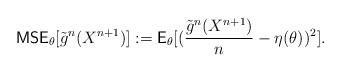
LaTeX: \begin{align*}\mathsf{MSE}_\theta [\tilde{g}^n (X^{n+1})]:=\mathsf{E}_\theta [(\frac{\tilde{g}^n (X^{n+1})}{n}-\eta(\theta))^2 ].\end{align*}